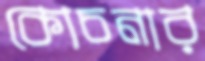
কোচনার